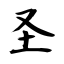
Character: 圣